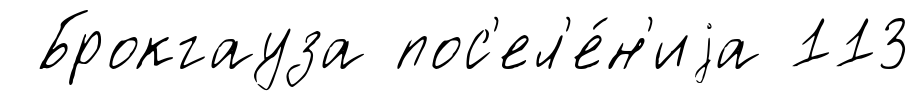
Брокгауза пос'ел'е́н'иjа 113